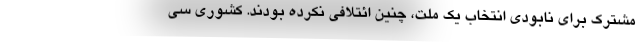
مشترک برای نابودی انتخاب یک ملت، چنین ائتلافی نکرده بودند. کشوری سی